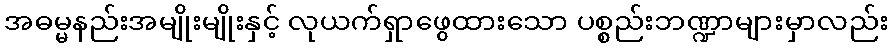
အဓမ္မနည်းအမျိုးမျိုးနှင့် လုယက်ရှာဖွေထားသော ပစ္စည်းဘဏ္ဍာများမှာလည်း